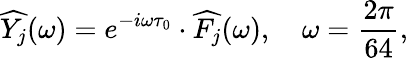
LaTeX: \widehat{Y_{j}}(\omega)=e^{-i\omega\tau_{0}}\cdot\widehat{F_{j}}(\omega),\quad\omega=\frac{2\pi}{64},